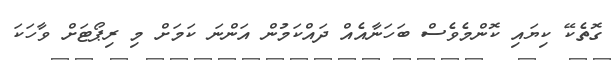
ގޮތެކޭ ކިޔައި ކޮންމެވެސް ބަހަނާއެއް ދައްކަމުން އަންނަ ކަމަށް މި ރިޕޯޓަށް ވާހަކަ